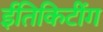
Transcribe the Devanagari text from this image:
ईतिकिटींग